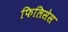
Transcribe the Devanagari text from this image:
फिलिसेस